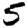
Digit: 5